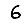
Digit: 6